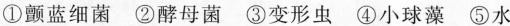
①颤蓝细菌 ②酵母菌 ③变形虫 ④小球藻 ⑤水